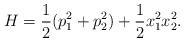
\begin{align*}H=\frac{1}{2}(p_1^2+p_2^2)+\frac{1}{2}x_1^2 x_2^2.\end{align*}